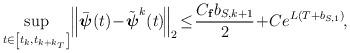
LaTeX: \begin{align*}\begin{aligned}\underset{t\in\left[ t_k, t_{k+k_T} \right]}{\sup} \!\left\| \bar{\boldsymbol{\psi}}(t) \!-\! \tilde{\boldsymbol{\psi}}^k(t)\!\right\|_2 \!\le\! \frac{C_{\mathbf{f}} b_{S,k+1}}{2} \!+\! C e^{L (T+b_{S,1})}\!,\!\end{aligned}\end{align*}